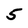
Character: 5